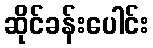
ဆိုင်ခန်းပေါင်း